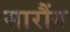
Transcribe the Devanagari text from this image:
सारौंग